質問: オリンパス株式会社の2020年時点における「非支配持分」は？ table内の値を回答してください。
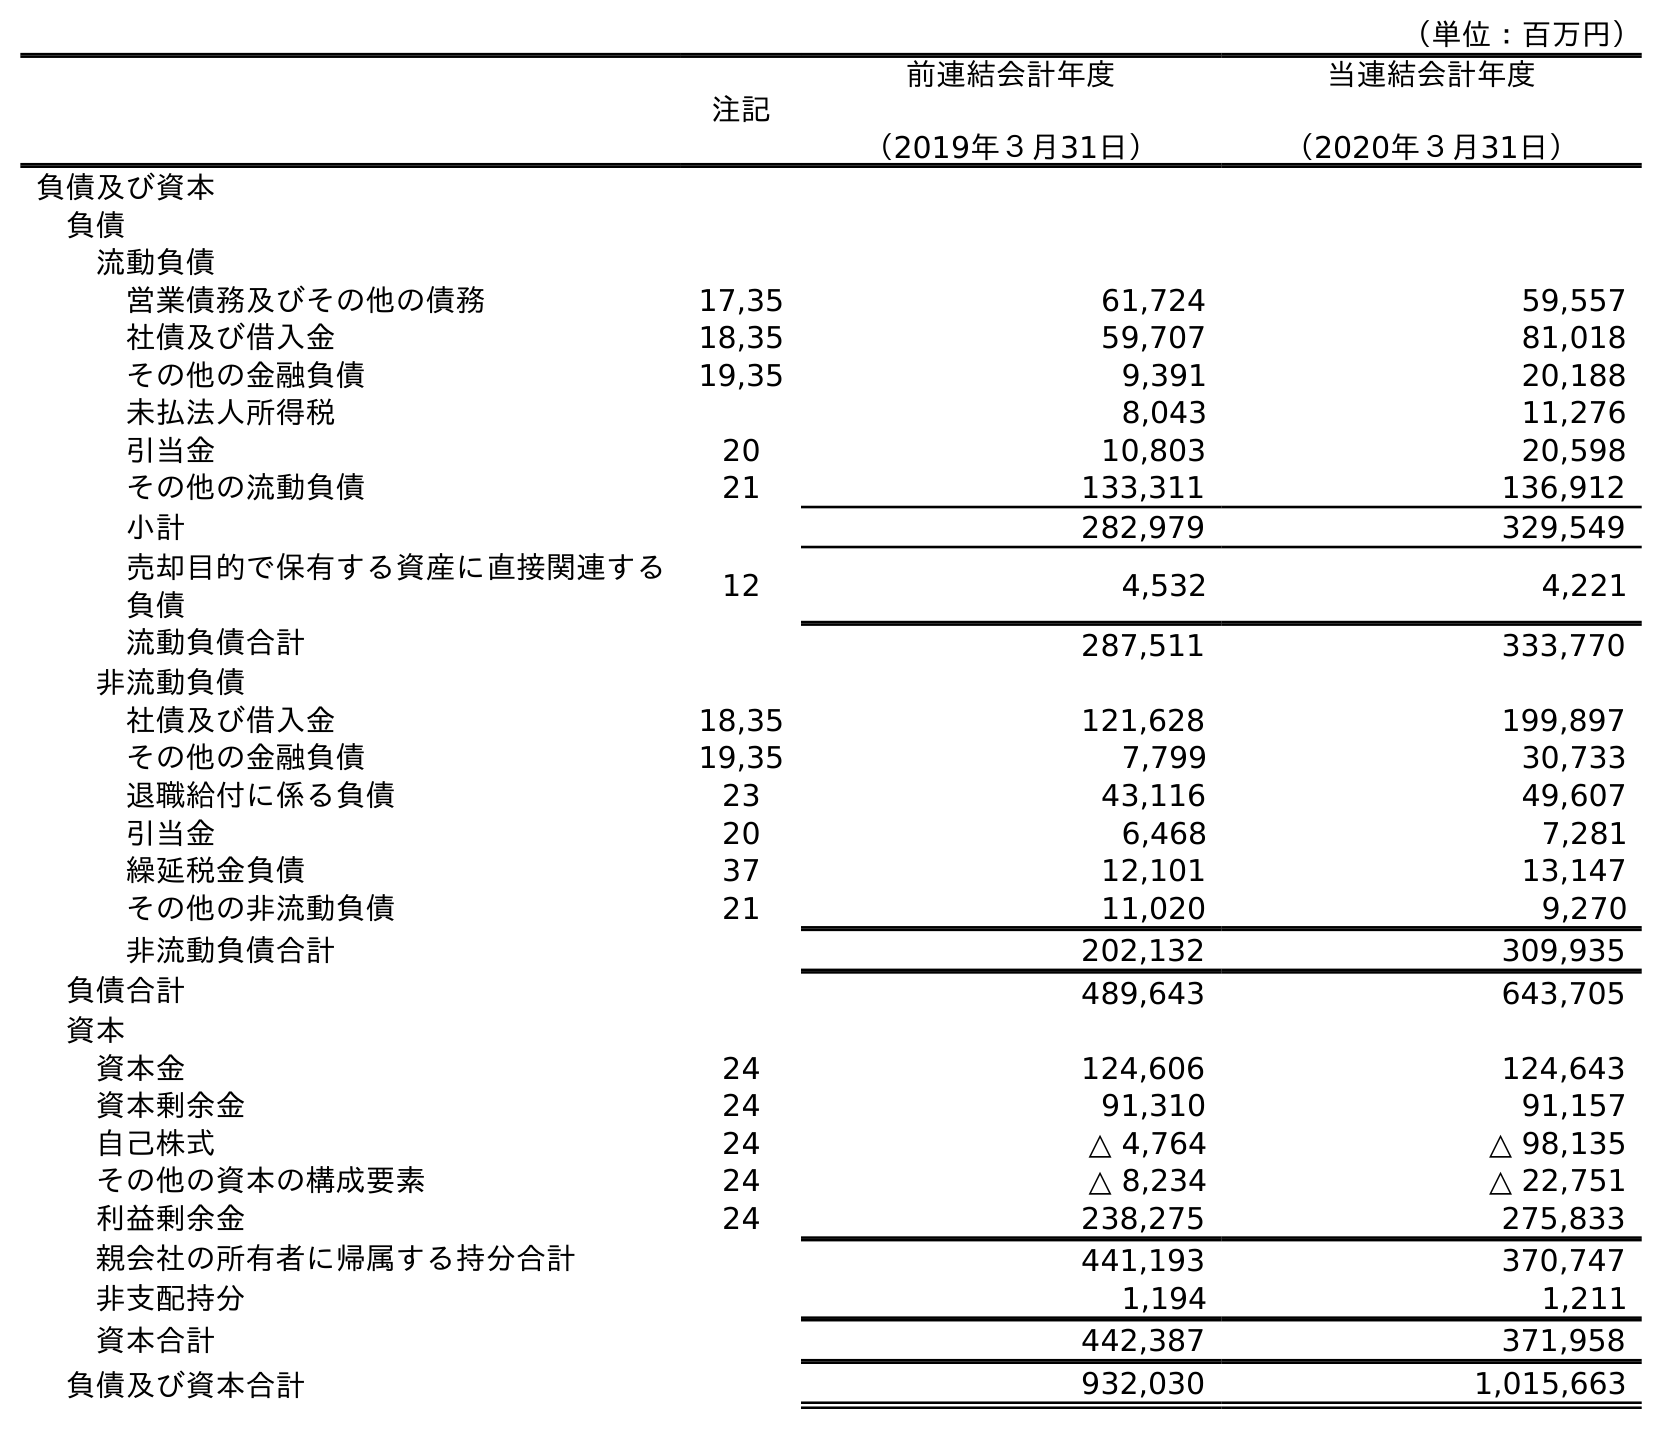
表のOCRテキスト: （単位：百万円） 注記 前連結会計年度 （2019年３月31日） 当連結会計年度 （2020年３月31日） 負債及び資本 負債 流動負債 営業債務及びその他の債務 17,35 61,724 59,557 社債及び借入金 18,35 59,707 81,018 その他の金融負債 19,35 9,391 20,188 未払法人所得税 8,043 11,276 引当金 20 10,803 20,598 その他の流動負債 21 133,311 136,912 小計 282,979 329,549 売却目的で保有する資産に直接関連する 負債 12 4,532 4,221 流動負債合計 287,511 333,770 非流動負債 社債及び借入金 18,35 121,628 199,897 その他の金融負債 19,35 7,799 30,733 退職給付に係る負債 23 43,116 49,607 引当金 20 6,468 7,281 繰延税金負債 37 12,101 13,147 その他の非流動負債 21 11,020 9,270 非流動負債合計 202,132 309,935 負債合計 489,643 643,705 資本 資本金 24 124,606 124,643 資本剰余金 24 91,310 91,157 自己株式 24 △ 4,764 △ 98,135 その他の資本の構成要素 24 △ 8,234 △ 22,751 利益剰余金 24 238,275 275,833 親会社の所有者に帰属する持分合計 441,193 370,747 非支配持分 1,194 1,211 資本合計 442,387 371,958 負債及び資本合計 932,030 1,015,663
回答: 1,211